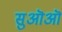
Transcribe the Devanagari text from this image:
सुऒऒ